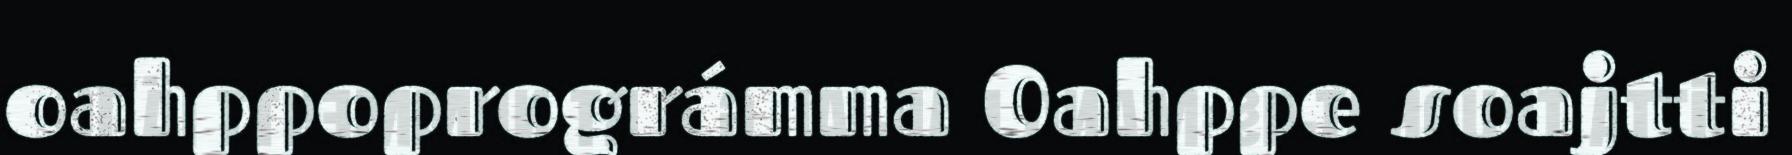
oahppoprográmma Oahppe soajtti